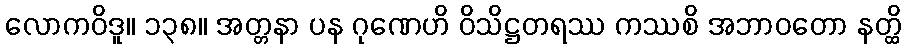
လောကဝိဒူ။ ၁၃၈။ အတ္တနာ ပန ဂုဏေဟိ ဝိသိဋ္ဌတရဿ ကဿစိ အဘာဝတော နတ္ထိ